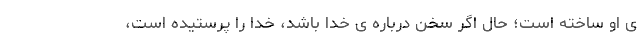
ی او ساخته است؛ حال اگر سخن درباره ی خدا باشد، خدا را پرستیده است،